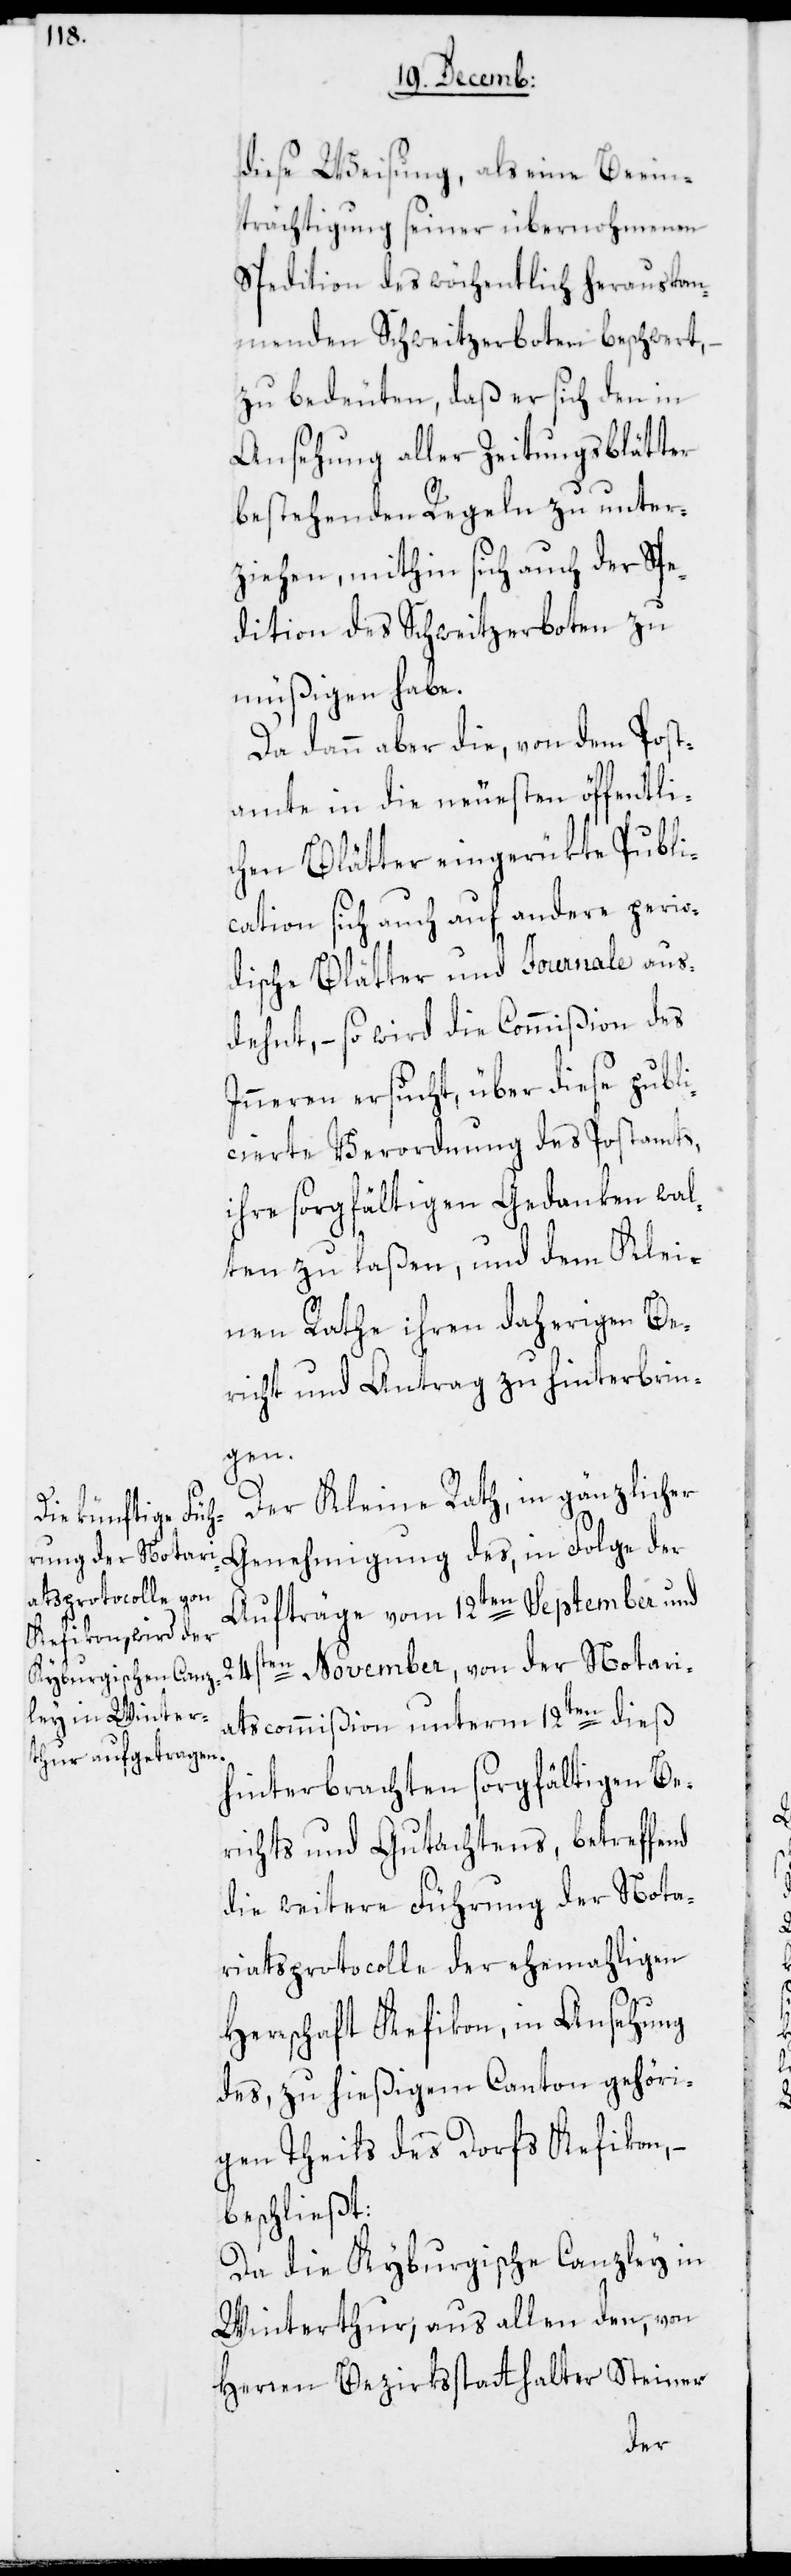
diese Weisung, als eine Beein¬
trächtigung seiner übernohmenen
Spedition des wöchentlich herauskom¬
menden Schweitzerboten beschwert, –
zu bedeuten, daß er sich den in
Ansehung aller Zeitungsblätter
bestehenden Regeln zu unter¬
ziehen, mithin sich auch der Spe¬
dition des Schweitzerboten zu
müßigen habe.
Da dann aber die, von dem Post¬
amte in die neuesten öffentli¬
chen Blätter eingerükte Publi¬
cation sich auch auf andere perio¬
dische Blätter und Journale aus¬
dehnt, – so wird die Commißion des
Inneren ersucht, über dieße publi¬
cierte Verordnung des Postamts,
ihre sorgfältigen Gedanken wal¬
ten zu laßen, und dem Klei¬
nen Rathe ihren daherigen Be¬
richt und Antrag zu hinterbrin¬
gen.
Der Kleine Rath, in gänzlicher
Genehmigung des, in Folge der
Aufträge vom 12ten September und
24sten November, von der Notari¬
atscommißion unterm 12ten dieß
hinterbrachten sorgfältigen Be¬
richts und Gutachtens, betreffend
die weitere Führung der Nota¬
riatsprotocolle der ehemahligen
Herrschaft Kefikon, in Ansehung
des, zu hießigem Canton gehöri¬
gen Theils des Dorfs Kefikon,
beschließt:
Da die Kyburgische Canzley in
Winterthur, aus allen den von
Herren Bezirksstatthalter Steiner